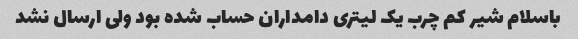
باسلام شیر کم چرب یک لیتری دامداران حساب شده بود ولی ارسال نشد